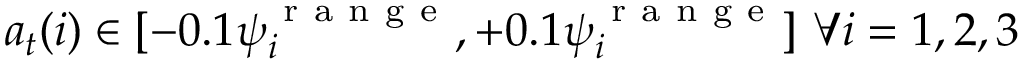
a _ { t } ( i ) \in [ - 0 . 1 \psi _ { i } ^ { \mathrm { ~ r ~ a ~ n ~ g ~ e ~ } } , + 0 . 1 \psi _ { i } ^ { \mathrm { ~ r ~ a ~ n ~ g ~ e ~ } } ] \ \forall i = 1 , 2 , 3